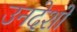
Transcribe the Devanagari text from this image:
उनदेशों